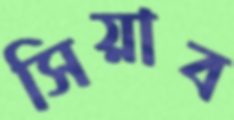
সিয়াব